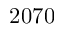
2 0 7 0